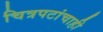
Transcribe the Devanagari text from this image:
चित्रपटांचाही